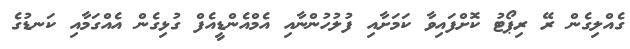
ގެއްލިގެން ރޭ ރިޕޯޓު ކޮށްފައިވާ ކަމަށާއި ފުލުހުންނާއި އެމްއެންޑީއެފް ގުޅިގެން އެއްގަމާއި ކަނޑުގެ